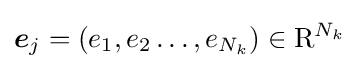
{\boldsymbol {e}}_{j}=\left(e_{1},e_{2}\ldots ,e_{N_{k}}\right)\in \mathrm {R} ^{N_{k}}